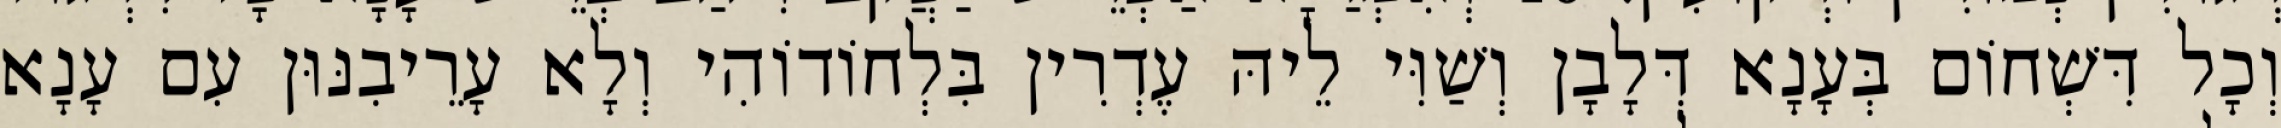
וְכָל דִּשְׁחוֹם בְּעָנָא דְּלָבָן וְשַׁוִּי לֵיהּ עֶדְרִין בִּלְחוֹדוֹהִי וְלָא עָרֵיבִנּוּן עִם עָנָא